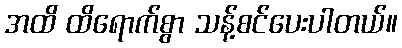
အထိ ထိရောက်စွာ သန့်စင်ပေးပါတယ်။